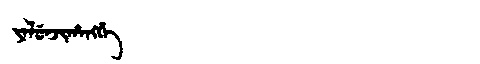
Manchu: ᠶᠠᠯᡠᠨᠵᡳᡥᠠᠩᡤᡝ
Romanization: YALUNJIHANGGE